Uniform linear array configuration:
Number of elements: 8
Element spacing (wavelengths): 1
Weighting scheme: hann
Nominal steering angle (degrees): -45
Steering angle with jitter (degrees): -46.58
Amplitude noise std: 0.05
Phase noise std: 0.05

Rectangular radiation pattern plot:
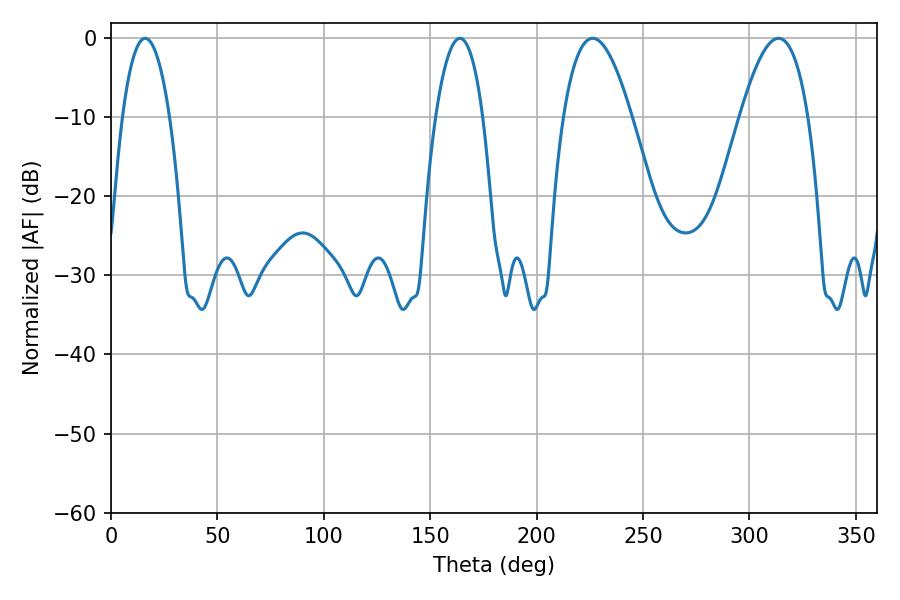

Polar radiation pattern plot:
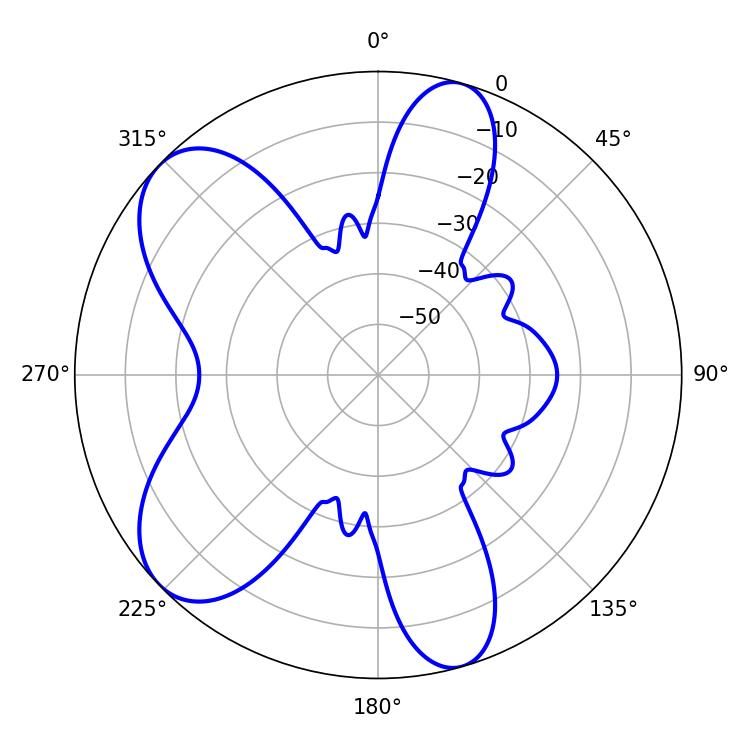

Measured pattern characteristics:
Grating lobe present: TRUE
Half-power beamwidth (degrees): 12.24
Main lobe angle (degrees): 16.02